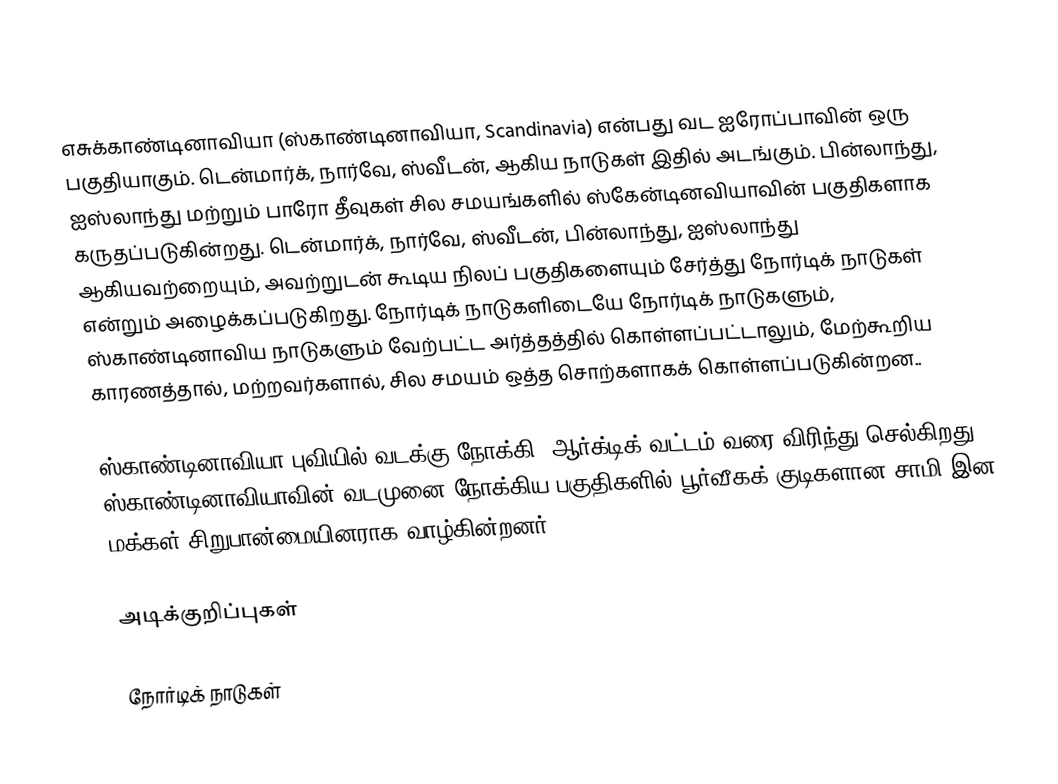
எசுக்காண்டினாவியா (ஸ்காண்டினாவியா, Scandinavia) என்பது வட ஐரோப்பாவின் ஒரு பகுதியாகும். டென்மார்க், நார்வே, ஸ்வீடன், ஆகிய நாடுகள் இதில் அடங்கும். பின்லாந்து, ஐஸ்லாந்து மற்றும் பாரோ தீவுகள் சில சமயங்களில் ஸ்கேன்டினவியாவின் பகுதிகளாக கருதப்படுகின்றது. டென்மார்க், நார்வே, ஸ்வீடன், பின்லாந்து, ஐஸ்லாந்து ஆகியவற்றையும், அவற்றுடன் கூடிய நிலப் பகுதிகளையும் சேர்த்து நோர்டிக் நாடுகள் என்றும் அழைக்கப்படுகிறது. நோர்டிக் நாடுகளிடையே நோர்டிக் நாடுகளும், ஸ்காண்டினாவிய நாடுகளும் வேற்பட்ட அர்த்தத்தில் கொள்ளப்பட்டாலும், மேற்கூறிய காரணத்தால், மற்றவர்களால், சில சமயம்  ஒத்த சொற்களாகக் கொள்ளப்படுகின்றன..

ஸ்காண்டினாவியா புவியில் வடக்கு நோக்கி, ஆர்க்டிக் வட்டம் வரை விரிந்து செல்கிறது. ஸ்காண்டினாவியாவின் வடமுனை நோக்கிய பகுதிகளில் பூர்வீகக் குடிகளான சாமி இன மக்கள் சிறுபான்மையினராக வாழ்கின்றனர்.

அடிக்குறிப்புகள்

நோர்டிக் நாடுகள்